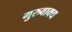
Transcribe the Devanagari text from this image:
गुरुवाक्य